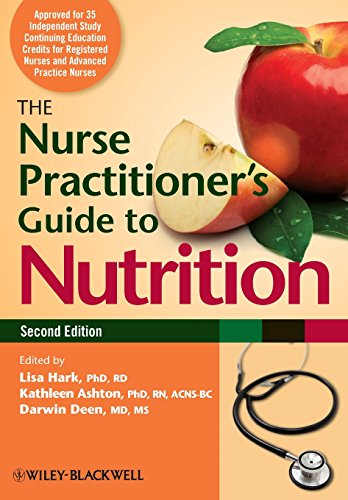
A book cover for The Nurse Practitioner's Guide to Nutrition; Medical Books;